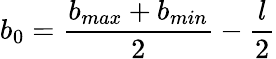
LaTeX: b_{0}=\frac{b_{max}+b_{min}}{2}-\frac{l}{2}